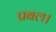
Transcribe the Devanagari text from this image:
प्रबल।